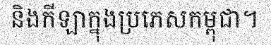
និងកីឡាក្នុងប្រភេសកម្ពុជា។